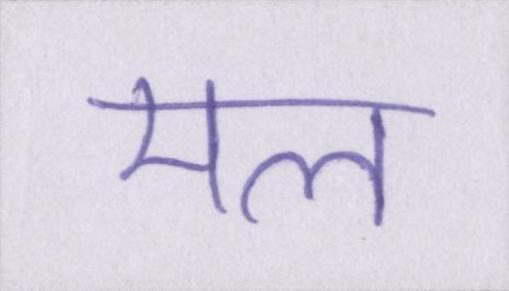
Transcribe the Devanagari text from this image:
मल